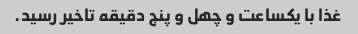
غذا با یکساعت و چهل و پنج دقیقه تاخیر رسید.